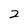
Character: 2